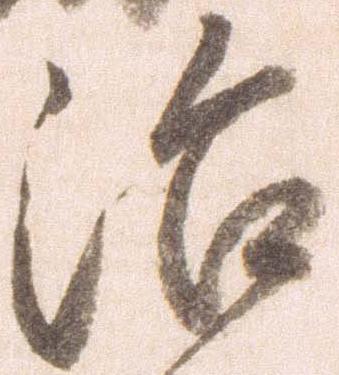
治